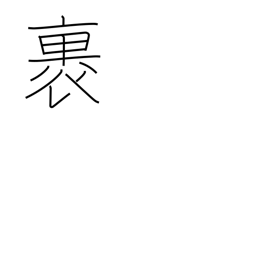
Meaning: wrap